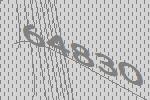
64830